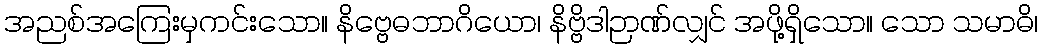
အညစ်အကြေးမှကင်းသော။ နိဗ္ဗေဓဘာဂိယော၊ နိဗ္ဗိဒါဉာဏ်လျှင် အဖို့ရှိသော။ သော သမာဓိ၊